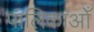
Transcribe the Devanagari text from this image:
पालिकाओँ